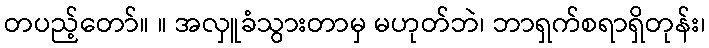
တပည့်တော်။ ။ အလှူခံသွားတာမှ မဟုတ်ဘဲ၊ ဘာရှက်စရာရှိတုန်း၊